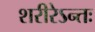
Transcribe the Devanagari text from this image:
शरीरेऽन्तः